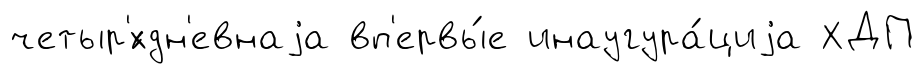
четыр'́хдн'евнаjа вп'ервы́е инаугура́циjа ХДП